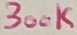
Text: 300K